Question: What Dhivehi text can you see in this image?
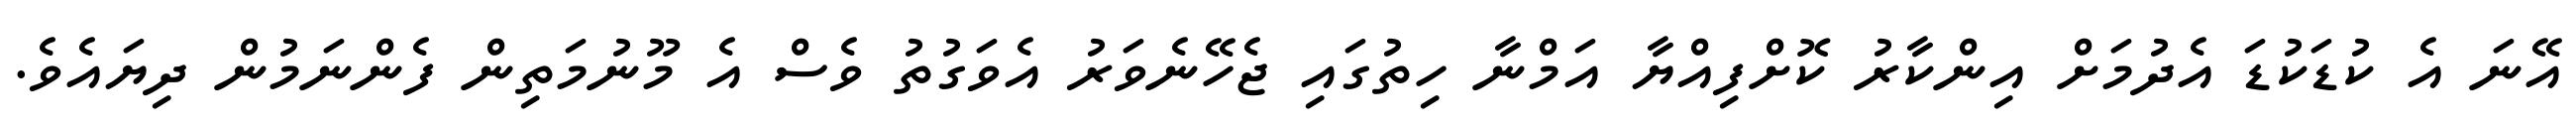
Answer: އޭނަ އެ ކުޑަކުޑަ އެދުމަށް އިންކާރު ކޮށްފިއްޔާ އަމްނާ ހިތުގައި ޖެހޭނެވަރު އެވަގުތު ވެސް އެ މޫނުމަތިން ފެންނަމުން ދިޔައެވެ.